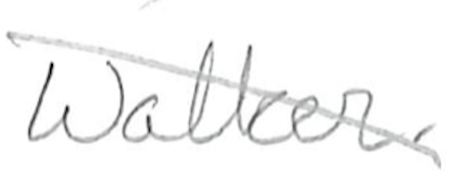
Text: Walker.
Cross-out: diagonal
Writing tool: pencil